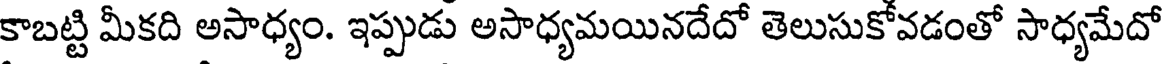
కాబట్టి మీకది అసాధ్యం. ఇప్పుడు అసాధ్యమయినదేదో తెలుసుకోవడంతో సాధ్యమేదో